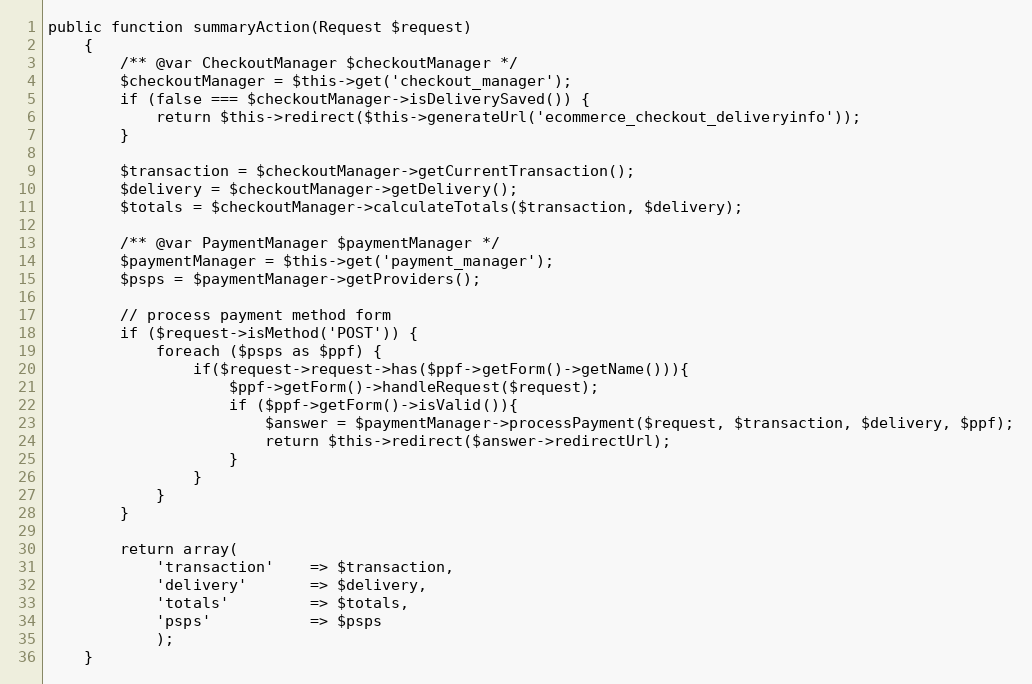
Language: PHP
public function summaryAction(Request $request)
    {
        /** @var CheckoutManager $checkoutManager */
        $checkoutManager = $this->get('checkout_manager');
        if (false === $checkoutManager->isDeliverySaved()) {
            return $this->redirect($this->generateUrl('ecommerce_checkout_deliveryinfo'));
        }

        $transaction = $checkoutManager->getCurrentTransaction();
        $delivery = $checkoutManager->getDelivery();
        $totals = $checkoutManager->calculateTotals($transaction, $delivery);

        /** @var PaymentManager $paymentManager */
        $paymentManager = $this->get('payment_manager');
        $psps = $paymentManager->getProviders();

        // process payment method form
        if ($request->isMethod('POST')) {
            foreach ($psps as $ppf) {
                if($request->request->has($ppf->getForm()->getName())){
                    $ppf->getForm()->handleRequest($request);
                    if ($ppf->getForm()->isValid()){
                        $answer = $paymentManager->processPayment($request, $transaction, $delivery, $ppf);
                        return $this->redirect($answer->redirectUrl);
                    }
                }
            }
        }

        return array(
            'transaction'    => $transaction,
            'delivery'       => $delivery,
            'totals'         => $totals,
            'psps'           => $psps
            );
    }